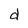
Character: d